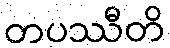
တပဿီတိ